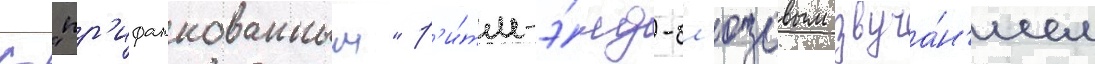
с "пр'ифанкованным" р'и́тм-э́нд-бл'юзовым звуча́н'ием